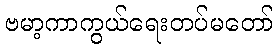
ဗမာ့ကာကွယ်ရေးတပ်မတော်